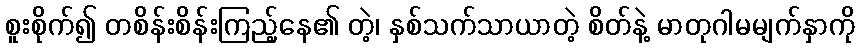
စူးစိုက်၍ တစိန်းစိန်းကြည့်နေ၏ တဲ့၊ နှစ်သက်သာယာတဲ့ စိတ်နဲ့ မာတုဂါမမျက်နှာကို